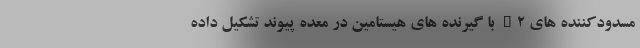
مسدودکننده های H2 با گیرنده های هیستامین در معده پیوند تشکیل داده